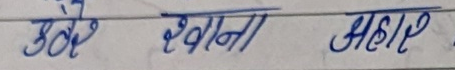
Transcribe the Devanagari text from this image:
उखेले खाना अहेले